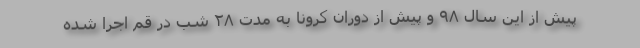
پیش از این سال ۹۸ و پیش از دوران کرونا به مدت ۲۸ شب در قم اجرا شده